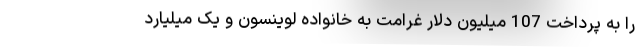
را به پرداخت 107 میلیون دلار غرامت به خانواده لوینسون و یک میلیارد